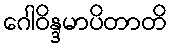
ဂေါဝိန္ဒမာပိတာတိ